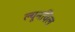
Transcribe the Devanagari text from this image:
ल्यूनविल